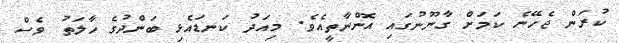
ކުރަން ޖެހޭނެ ކަމަށް ގާނޫނުގައި އޮންނާތީއެވެ. މިއަދު ކަނޑައެޅި ބަންދުގެ ހާލަތު ވެސް